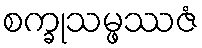
စက္ခုသမ္ဖဿဇံ